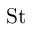
\mathrm { S t }